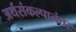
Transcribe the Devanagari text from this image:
अर्थसंकल्पानंतर